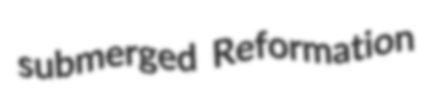
submerged Reformation